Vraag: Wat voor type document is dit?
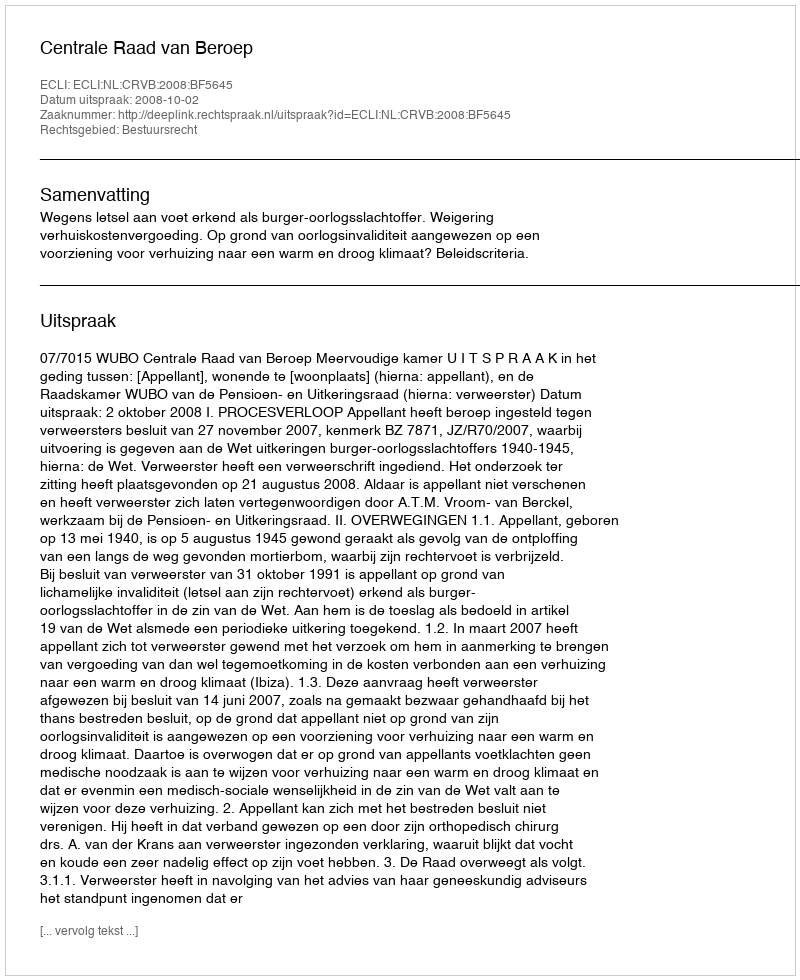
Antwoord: Uitspraak